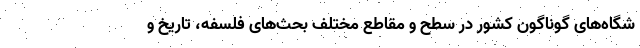
شگاه‌های گوناگون کشور در سطح و مقاطع مختلف بحث‌های فلسفه، تاریخ و